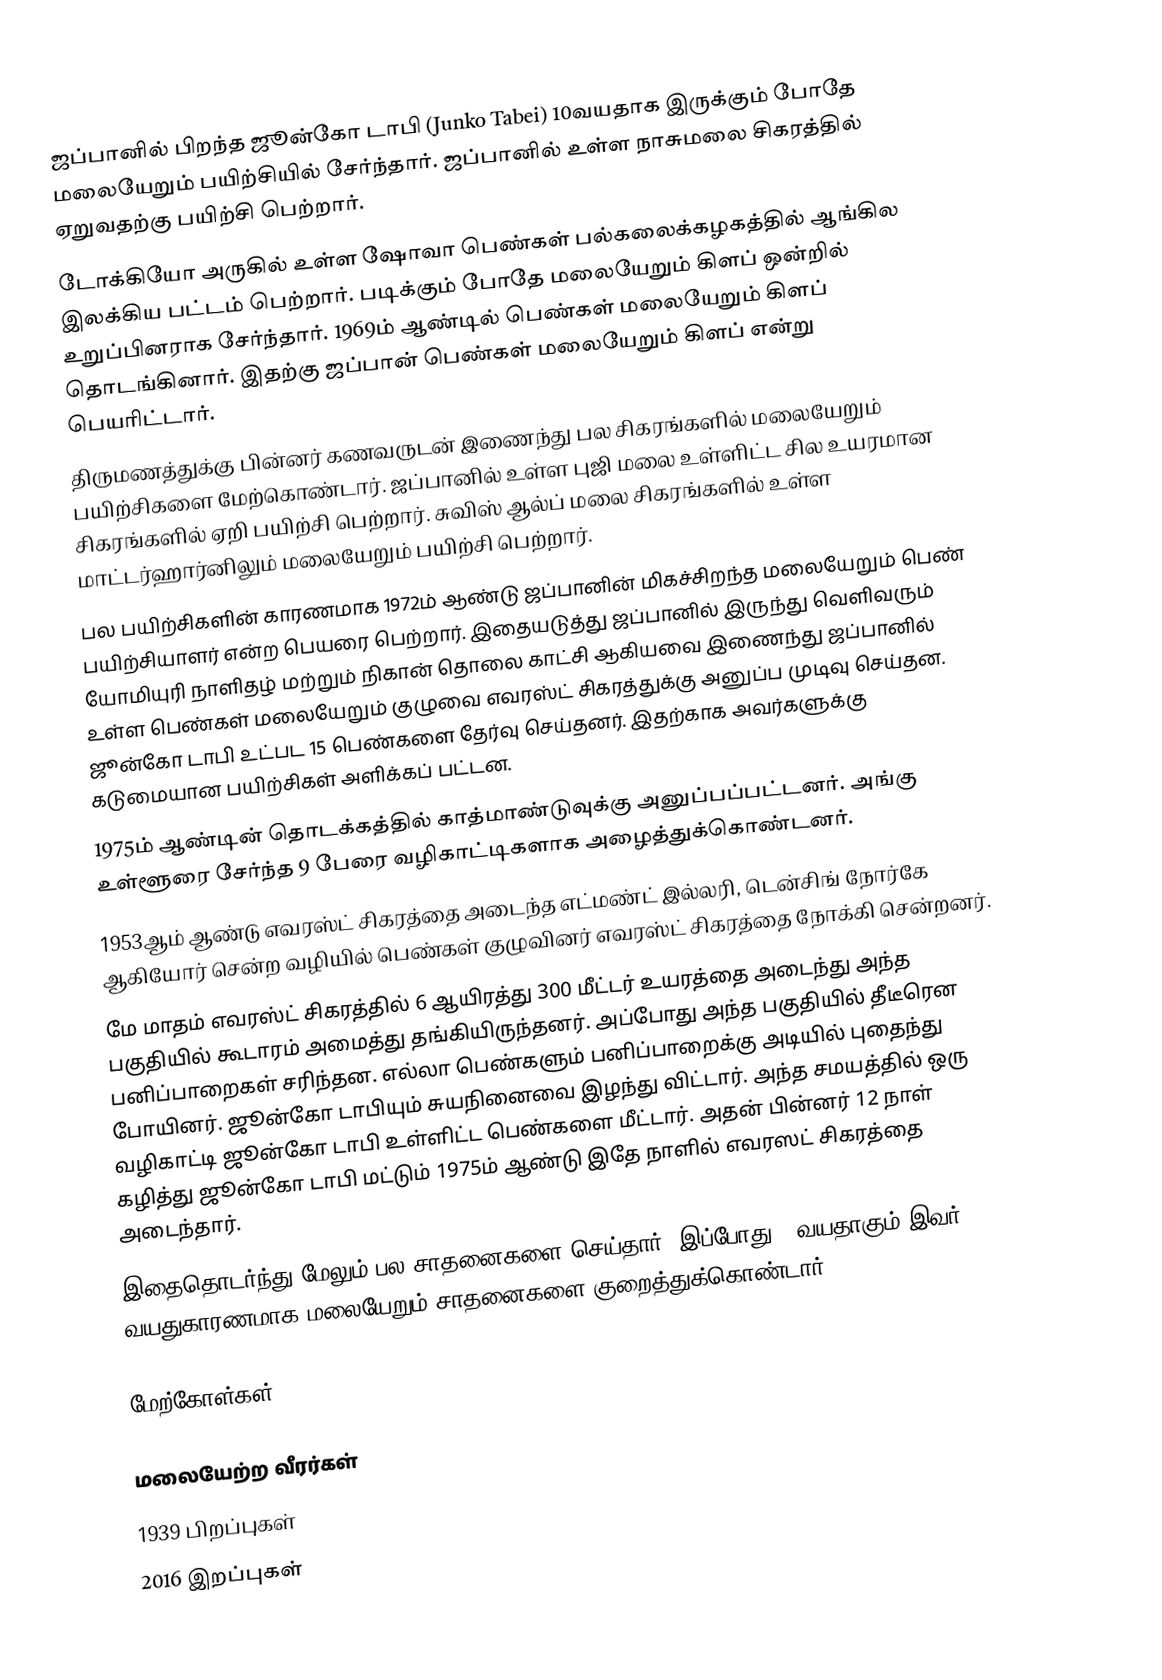
ஜப்பானில் பிறந்த ஜூன்கோ டாபி (Junko Tabei) 10வயதாக இருக்கும் போதே மலையேறும் பயிற்சியில் சேர்ந்தார். ஜப்பானில் உள்ள நாசுமலை சிகரத்தில் ஏறுவதற்கு பயிற்சி பெற்றார்.
டோக்கியோ அருகில் உள்ள  ஷோவா பெண்கள் பல்கலைக்கழகத்தில் ஆங்கில  இலக்கிய பட்டம்  பெற்றார். படிக்கும் போதே மலையேறும் கிளப் ஒன்றில் உறுப்பினராக சேர்ந்தார். 1969ம் ஆண்டில்  பெண்கள் மலையேறும் கிளப் தொடங்கினார். இதற்கு ஜப்பான் பெண்கள் மலையேறும் கிளப் என்று பெயரிட்டார்.
திருமணத்துக்கு பின்னர் கணவருடன் இணைந்து பல சிகரங்களில் மலையேறும் பயிற்சிகளை மேற்கொண்டார். ஜப்பானில் உள்ள புஜி மலை உள்ளிட்ட சில உயரமான சிகரங்களில் ஏறி பயிற்சி பெற்றார். சுவிஸ் ஆல்ப் மலை சிகரங்களில் உள்ள மாட்டர்ஹார்னிலும் மலையேறும் பயிற்சி பெற்றார்.
பல பயிற்சிகளின் காரணமாக 1972ம் ஆண்டு ஜப்பானின் மிகச்சிறந்த மலையேறும் பெண் பயிற்சியாளர் என்ற பெயரை பெற்றார்.  இதையடுத்து ஜப்பானில் இருந்து வெளிவரும்  யோமியுரி நாளிதழ் மற்றும் நிகான் தொலை காட்சி ஆகியவை இணைந்து ஜப்பானில் உள்ள பெண்கள் மலையேறும் குழுவை எவரஸ்ட் சிகரத்துக்கு அனுப்ப முடிவு செய்தன. ஜூன்கோ டாபி உட்பட 15 பெண்களை தேர்வு செய்தனர். இதற்காக அவர்களுக்கு கடுமையான பயிற்சிகள் அளிக்கப் பட்டன.
1975ம் ஆண்டின் தொடக்கத்தில் காத்மாண்டுவுக்கு அனுப்பப்பட்டனர். அங்கு உள்ளூரை சேர்ந்த 9 பேரை வழிகாட்டிகளாக அழைத்துக்கொண்டனர்.
1953ஆம் ஆண்டு எவரஸ்ட் சிகரத்தை அடைந்த எட்மண்ட் இல்லரி, டென்சிங் நோர்கே ஆகியோர் சென்ற வழியில் பெண்கள் குழுவினர் எவரஸ்ட் சிகரத்தை நோக்கி சென்றனர்.
மே மாதம் எவரஸ்ட் சிகரத்தில் 6 ஆயிரத்து 300 மீட்டர் உயரத்தை அடைந்து அந்த பகுதியில் கூடாரம் அமைத்து தங்கியிருந்தனர். அப்போது அந்த பகுதியில் தீடீரென பனிப்பாறைகள் சரிந்தன. எல்லா பெண்களும் பனிப்பாறைக்கு அடியில் புதைந்து போயினர். ஜூன்கோ டாபியும் சுயநினைவை இழந்து விட்டார். அந்த சமயத்தில் ஒரு வழிகாட்டி ஜூன்கோ டாபி உள்ளிட்ட பெண்களை மீட்டார். அதன் பின்னர் 12 நாள் கழித்து  ஜூன்கோ டாபி மட்டும்  1975ம் ஆண்டு இதே  நாளில்  எவரஸட் சிகரத்தை அடைந்தார்.
இதைதொடர்ந்து மேலும் பல சாதனைகளை செய்தார். இப்போது 61வயதாகும் இவர் வயதுகாரணமாக  மலையேறும் சாதனைகளை குறைத்துக்கொண்டார்.

மேற்கோள்கள்

மலையேற்ற வீரர்கள்
1939 பிறப்புகள்
2016 இறப்புகள்